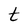
Character: t